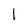
Character: 1